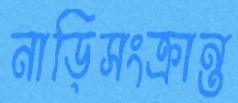
নাড়িসংক্রান্ত